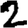
Digit: 2